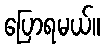
ပြောရမယ်။